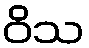
ဝိသ